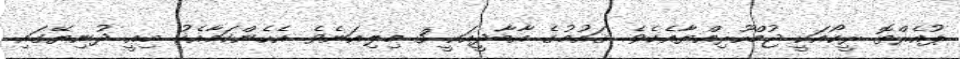
ޕުއެރްތޮ ރީކޯއަކީ ޖުމްހޫރިއްޔާއެކެވެ. ޤައުމުގެ އާބާދީއަކީ 3 މިލިއަނެވެ. އެހެންކަމާއެކު މިއީ ދުނިޔޭގައި